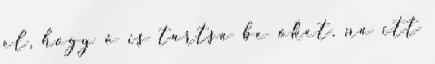
el, hogy ő is tartsa be őket. na itt